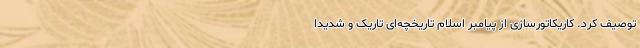
توصیف کرد. کاریکاتورسازی از پیامبر اسلام تاریخچه‌ای تاریک و شدیدا